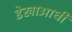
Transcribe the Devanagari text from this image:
डेखाआधी